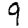
Digit: 9